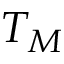
T _ { M }